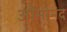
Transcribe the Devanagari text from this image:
ओमानंद